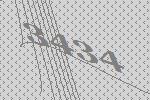
3434